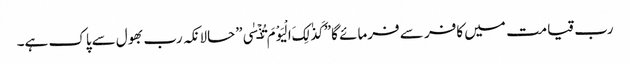
رب قیامت میں کافر سے فرمائے گا”کَذٰلِکَ الْیَوْمَ تُنۡسٰی”حالانکہ رب بھول سےپاک ہے۔